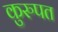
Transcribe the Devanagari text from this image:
कुरुपत